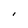
Character: I